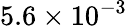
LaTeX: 5.6\times 10^{-3}